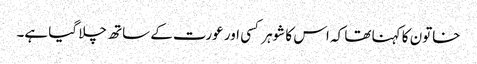
خاتون کا کہنا تھا کہ اس کا شوہر کسی اور عورت کے ساتھ چلا گیا ہے۔